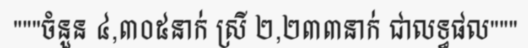
"""ចំនួន ៤,៣០៥នាក់ ស្រី ២,២៣៣នាក់ ជាលទ្ធផល"""